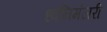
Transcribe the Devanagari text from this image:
ध्वनिमंजरी